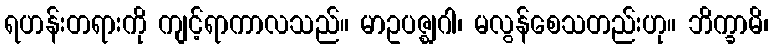
ရဟန်းတရားကို ကျင့်ရာကာလသည်။ မာဥပဇ္ဈဂါ၊ မလွန်စေသတည်းဟု။ ဘိက္ခာမိ၊